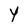
Character: Y